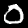
Digit: 0